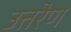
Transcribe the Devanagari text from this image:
उत्तरेण